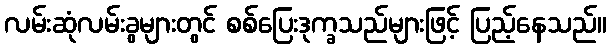
လမ်းဆုံလမ်းခွများတွင် စစ်ပြေးဒုက္ခသည်များဖြင့် ပြည့်နေသည်။